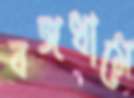
বঙ্গধামে